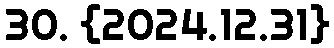
30. {2024.12.31}